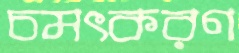
চমৎকরণ